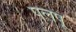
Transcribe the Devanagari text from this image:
पलपू